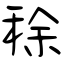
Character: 稌